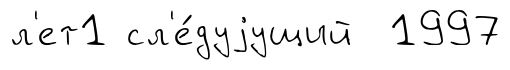
л'ет1 сл'е́дуjущий 1997